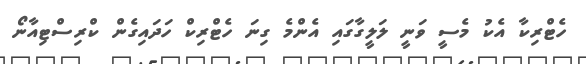
ހެޓްރިކާ އެކު މެސީ ވަނީ ލަލީގާގައި އެންމެ ގިނަ ހެޓްރިކް ހަދައިގެން ކްރިސްޓިއާނޯ